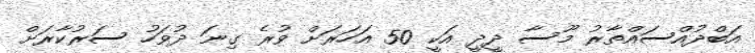
އަބްދުއްސައްތާރު މޫސާ ދީދީ އަކީ 50 އަހަރަށް ވުރެ ގިނަ ދުވަހު ސަރުކާރަށް